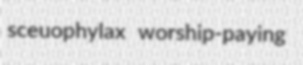
sceuophylax worship-paying